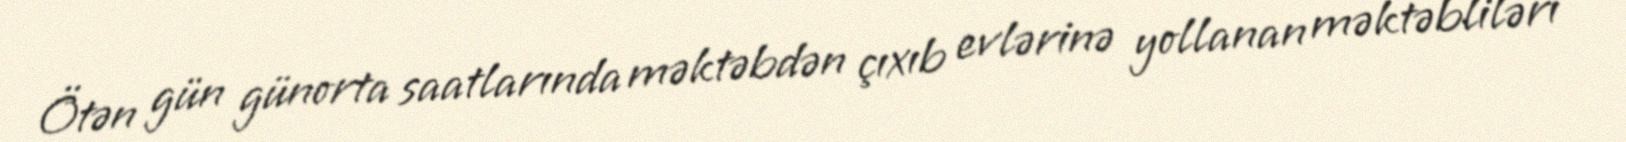
Ötən gün günorta saatlarında məktəbdən çıxıb evlərinə yollanan məktəbliləri